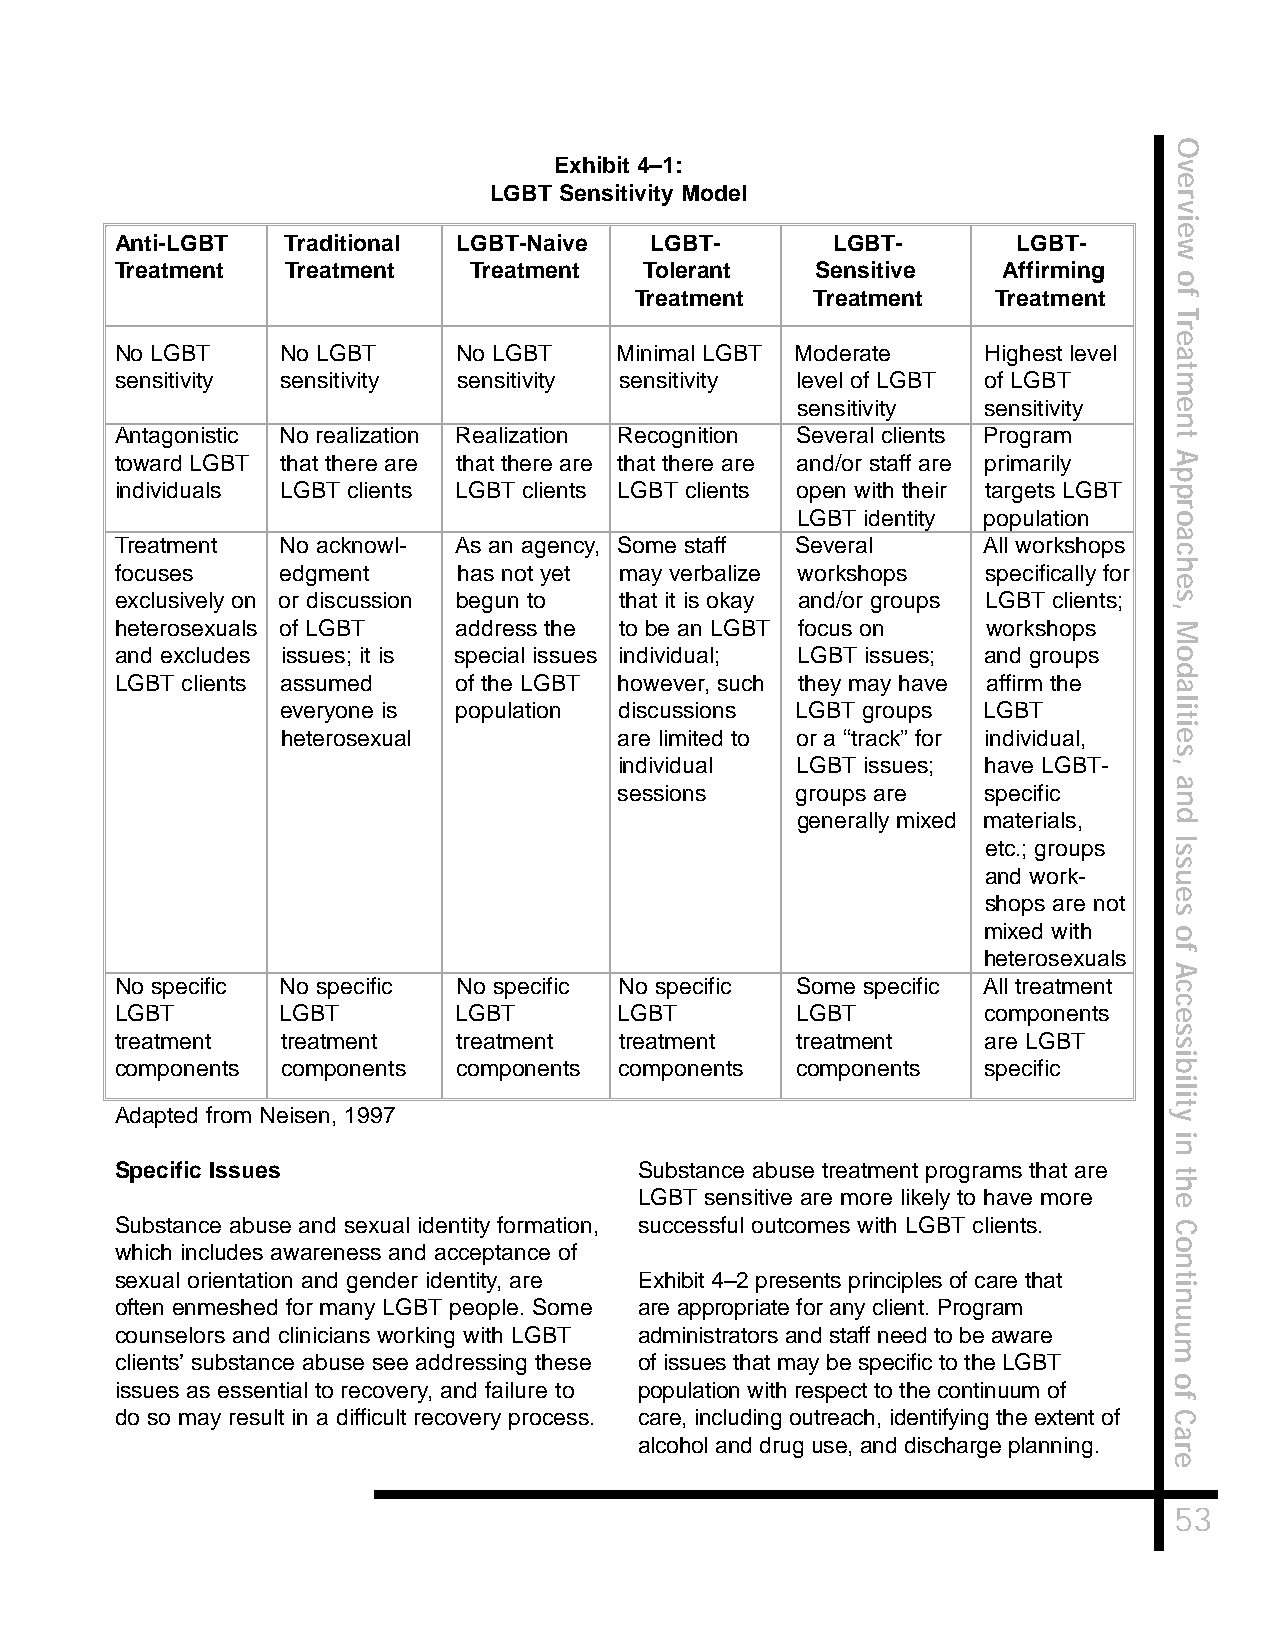
O
 Exhibit 4–1:                             v
 e
 LGBT Sensitivity Model
 r
 v
 i
 e
 Anti-LGBT  Traditional LGBT-Naive  LGBT-       LGBT-       LGBT-      w
 Treatment  Treatment   Treatment   Tolerant   Sensitive   Affirming
 o
 Treatment   Treatment   Treatment   f
 T
 r
 e
 No LGBT    No LGBT    No LGBT    Minimal LGBT Moderate   Highest level a
 t
 sensitivity sensitivity sensitivity sensitivity level of LGBT of LGBT m
 sensitivity sensitivity  e
 n
 Antagonistic No realization Realization Recognition Several clients Program t
 toward LGBT that there are that there are that there are and/or staff are primarily A
 p
 individuals LGBT clients LGBT clients LGBT clients open with their targets LGBT p
 r
 LGBT identity population o
 a
 Treatment  No acknowl- As an agency, Some staff Several  All workshops
 c
 h
 focuses    edgment    has not yet may verbalize workshops specifically for
 e
 exclusively on or discussion begun to that it is okay and/or groups LGBT clients; s
 ,
 heterosexuals of LGBT address the to be an LGBT focus on workshops    M
 and excludes issues; it is special issues individual; LGBT issues; and groups o
 d
 LGBT clients assumed  of the LGBT however, such they may have affirm the a
 l
 everyone is population discussions LGBT groups LGBT        i
 t
 i
 heterosexual          are limited to or a “track” for individual, e
 s
 individual  LGBT issues; have LGBT-  ,
 a
 sessions    groups are  specific
 n
 generally mixed materials, d
 etc.; groups sI
 s
 and work-   u
 e
 shops are not
 s
 mixed with  o
 heterosexuals f
 A
 No specific No specific No specific No specific Some specific All treatment c
 c
 LGBT       LGBT       LGBT       LGBT        LGBT        components  e
 s
 treatment  treatment  treatment  treatment   treatment   are LGBT    s
 i
 components components components components  components  specific    b
 i
 l
 i
 Adapted from Neisen, 1997                                            yt
 i
 n
 Specific Issues                   Substance abuse treatment programs that are
 t
 h
 LGBT sensitive are more likely to have more e
 Substance abuse and sexual identity formation, successful outcomes with LGBT clients. C
 o
 which includes awareness and acceptance of
 n
 sexual orientation and gender identity, are Exhibit 4–2 presents principles of care that t
 i
 n
 often enmeshed for many LGBT people. Some are appropriate for any client. Program
 u
 counselors and clinicians working with LGBT administrators and staff need to be aware u
 m
 clients’ substance abuse see addressing these of issues that may be specific to the LGBT
 o
 issues as essential to recovery, and failure to population with respect to the continuum of
 f
 do so may result in a difficult recovery process. care, including outreach, identifying the extent of C
 a
 alcohol and drug use, and discharge planning.
 r
 e
 53